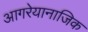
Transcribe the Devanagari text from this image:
आगरेयानाजिक